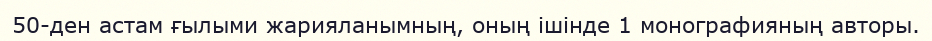
50-ден астам ғылыми жарияланымның, оның ішінде 1 монографияның авторы.